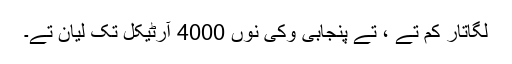
لگاتار کم تے ، تے پنجابی وکی نوں 4000 آرٹیکل تک لیان تے۔